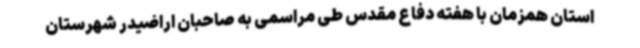
استان همزمان با هفته دفاع مقدس طی مراسمی به صاحبان اراضیدر شهرستان